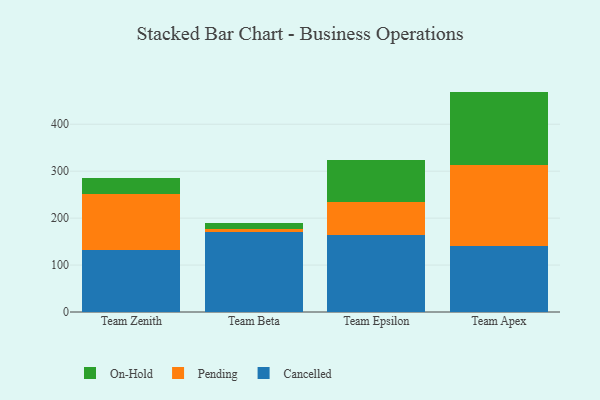
{"axis": {"x": "Team", "y": "Demand Index"}, "legend": ["Cancelled", "On-Hold", "Pending"], "data": [{"x": "Team Zenith", "y": 131.8, "type": "Cancelled"}, {"x": "Team Zenith", "y": 119.6, "type": "Pending"}, {"x": "Team Zenith", "y": 33.2, "type": "On-Hold"}, {"x": "Team Beta", "y": 169.9, "type": "Cancelled"}, {"x": "Team Beta", "y": 6.1, "type": "Pending"}, {"x": "Team Beta", "y": 12.7, "type": "On-Hold"}, {"x": "Team Epsilon", "y": 164.6, "type": "Cancelled"}, {"x": "Team Epsilon", "y": 69.2, "type": "Pending"}, {"x": "Team Epsilon", "y": 90.4, "type": "On-Hold"}, {"x": "Team Apex", "y": 140.4, "type": "Cancelled"}, {"x": "Team Apex", "y": 172.1, "type": "Pending"}, {"x": "Team Apex", "y": 157.0, "type": "On-Hold"}]}